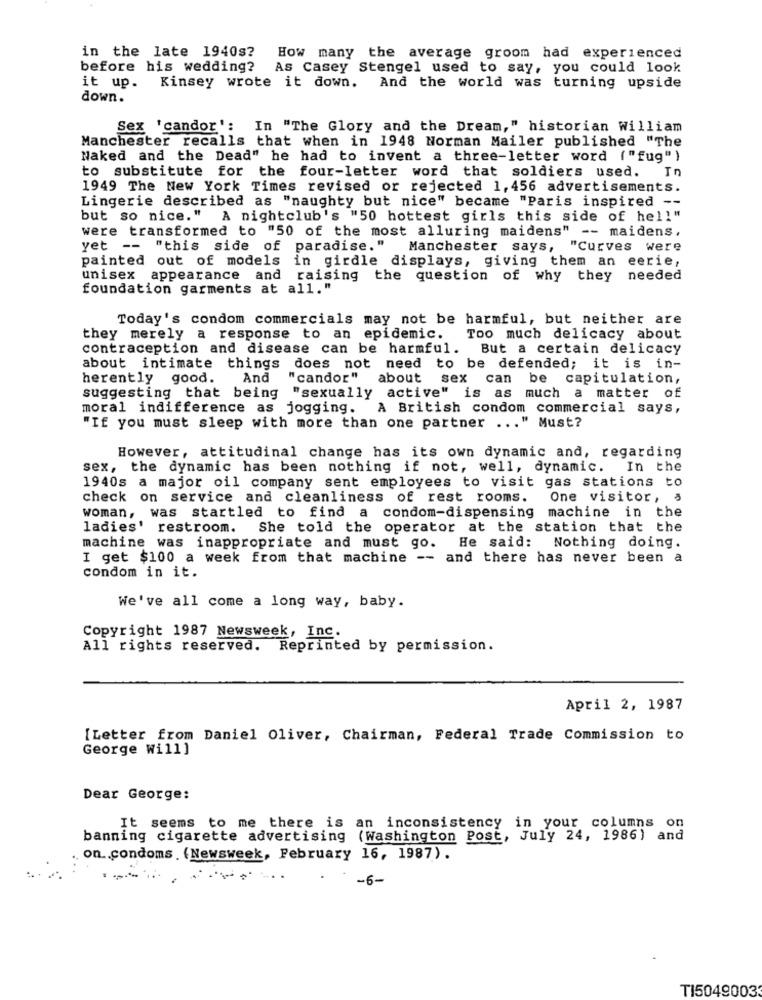
in the late 1940s? How many the average groom had experienced
before his wedding? As Casey Stengel used to say, you could look
it up. Kinsey wrote it down. And the world was turning upside
down.
Sex 'candor': In "The Glory and the Dream," historian William
Manchester recalls that when in 1948 Norman Mailer published "The
Naked and the Dead" he had to invent a three-letter word ("fug")
to substitute for the four-letter word that soldiers used. In
1949 The New York Times revised or rejected 1,456 advertisements.
Lingerie described as "naughty but nice" became "Paris inspired --
but so nice." A nightclub's "50 hottest girls this side of hell"
were transformed to "50 of the most alluring maidens" -- maidens.
yet -- "this side of paradise."
Manchester says,
"Curves were
painted out of models
in girdle displays, giving them an eerie,
unisex appearance and raising the question of why they
needed
foundation garments at all."
Today's condom commercials may not be harmful, but neither are
they merely a response to an epidemic.
Too much delicacy about
contraception and disease can be harmful. But a certain delicacy
about intimate things does not need to be defended; it is in-
herently good.
And
"candor" about sex can be capitulation,
suggesting that being "sexually active" is as much a matter of
moral indifference as jogging.
A British condom commercial says,
"If you must sleep with more than one partner ... " Must?
However, attitudinal change has its own dynamic and, regarding
sex, the dynamic has been nothing if not, well, dynamic. In the
1940s a major oil company sent employees to visit gas stations to
check on service and cleanliness of rest rooms. One visitor, §
woman, was startled to find a condom-dispensing machine in the
ladies' restroom. She told the operator at the station that the
machine was inappropriate and must go. He said: Nothing doing.
I get $100 a week from that machine -- and there has never been a
condom in it.
We've all come a long way, baby.
Copyright 1987 Newsweek, Inc.
All rights reserved. Reprinted by permission.
April 2, 1987
[Letter from Daniel Oliver, Chairman, Federal Trade Commission to
George Will]
Dear George:
It seems to me there is an inconsistency in your columns on
banning cigarette advertising (Washington Post, July 24, 1986) and
on .. condoms . (Newsweek, February 16, 1987).
-6-
TI50490033